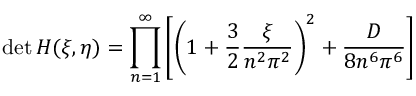
\operatorname * { d e t } H ( \xi , \eta ) = \prod _ { n = 1 } ^ { \infty } \left[ \left( 1 + \frac 3 2 \frac { \xi } { n ^ { 2 } \pi ^ { 2 } } \right) ^ { 2 } + \frac { D } { 8 n ^ { 6 } \pi ^ { 6 } } \right]